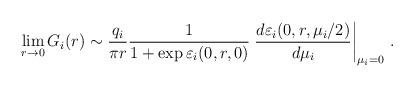
LaTeX: \begin{align*}\lim\limits_{r\rightarrow 0}G_{i}(r)\sim \frac{q_{i}}{\pi r}\frac{1}{1+\exp\varepsilon _{i}(0,r,0)}\left. \frac{d\varepsilon _{i}(0,r,\mu _{i}/2)}{d\mu_{i}}\right\vert _{\mu _{i}=0}\,. \end{align*}